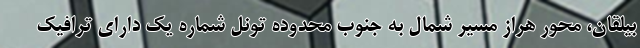
بیلقان، محور هراز مسیر شمال به جنوب محدوده تونل شماره یک دارای ترافیک